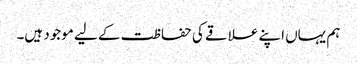
ہم یہاں اپنے علاقے کی حفاظت کے لیے موجود ہیں۔